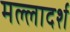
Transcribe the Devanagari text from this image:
मल्लादर्श